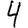
Digit: 4